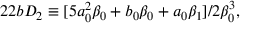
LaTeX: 2 2 b D _ { 2 } \equiv [ 5 a _ { 0 } ^ { 2 } \beta _ { 0 } + b _ { 0 } \beta _ { 0 } + a _ { 0 } \beta _ { 1 } ] / 2 \beta _ { 0 } ^ { 3 } ,